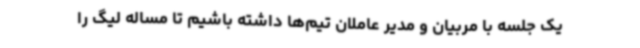
یک جلسه با مربیان و مدیر عاملان تیم‌ها داشته باشیم تا مساله لیگ را